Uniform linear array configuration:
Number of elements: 48
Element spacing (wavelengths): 0.25
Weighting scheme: hamming
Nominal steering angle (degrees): -30
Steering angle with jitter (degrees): -28.857
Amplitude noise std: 0.05
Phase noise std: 0.05

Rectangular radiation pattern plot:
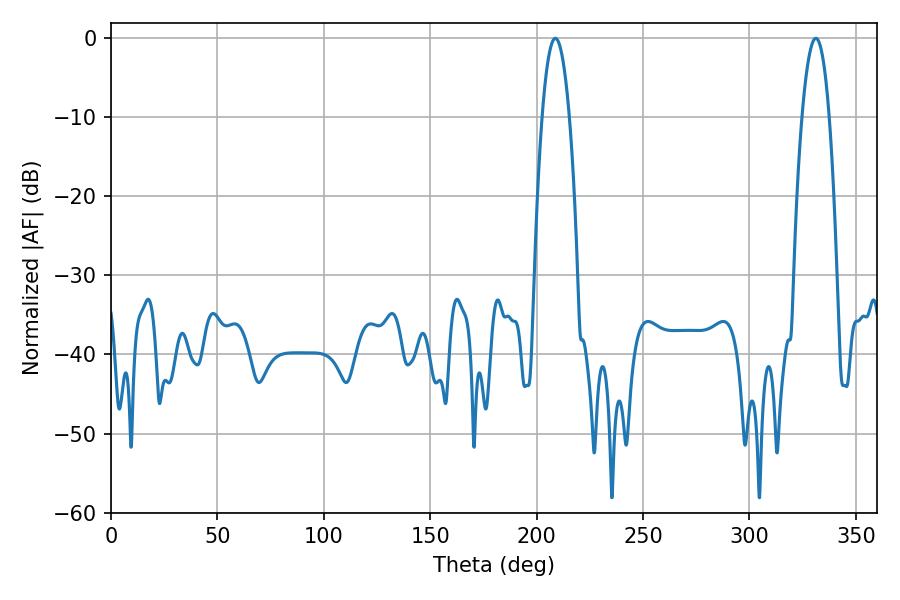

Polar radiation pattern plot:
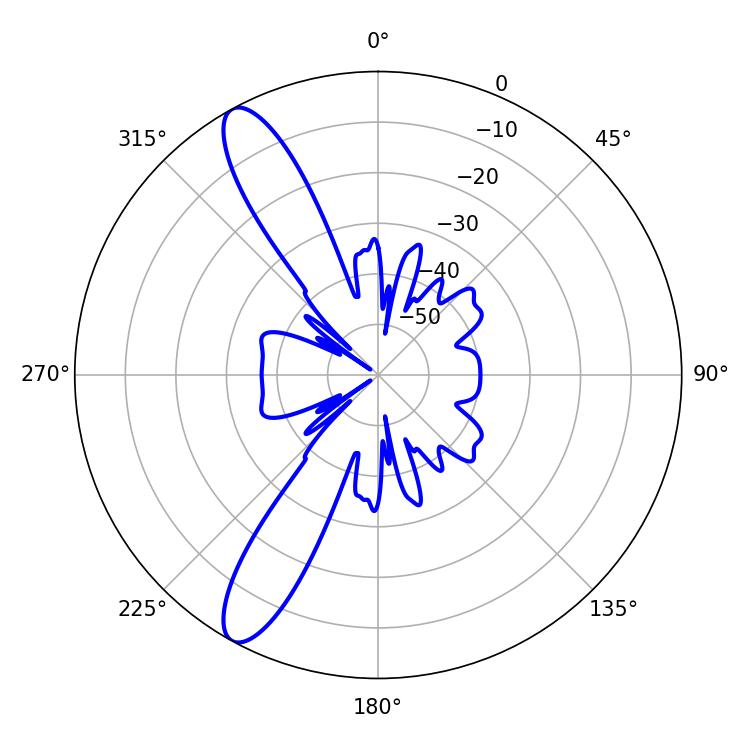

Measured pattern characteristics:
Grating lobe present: FALSE
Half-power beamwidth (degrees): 7.02
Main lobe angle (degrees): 208.8